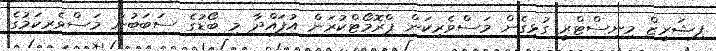
ފިޝަރީޒް މިނިސްޓްރީ ގުޅިގެން މަސްވެރިކަން ޕްރޮމޯޓްކުރަން އުފައްދާ މި ބޯޑުގެ ސަބަބުން މަސްވެރިކަމުގެ